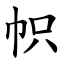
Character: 帜